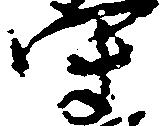
守